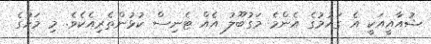
ޝުއާއީއަކީ އެ ގައުމުގެ އެންމެ މަގުބޫލު އެއް ޓެނިސް ކުޅުންތެރިއެކެވެ. މި މަހުގެ